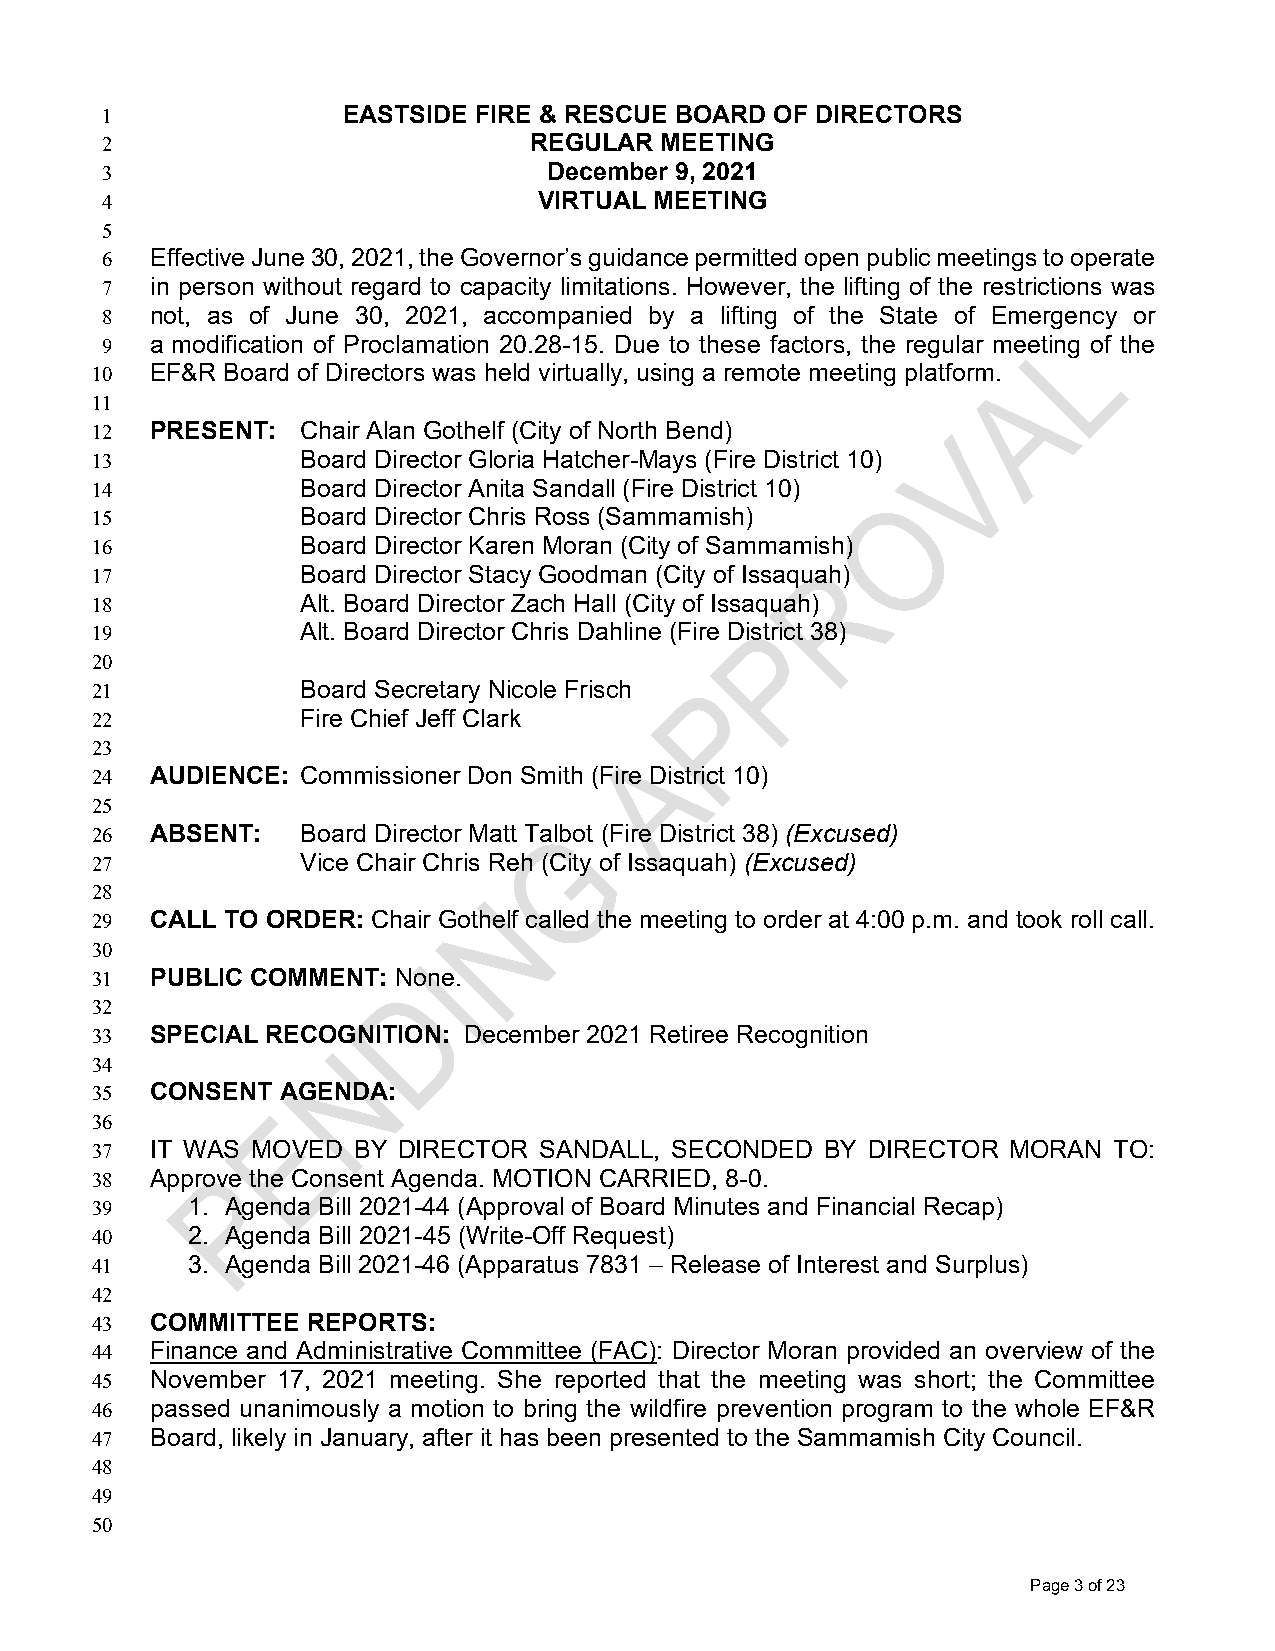
1               EASTSIDE FIRE & RESCUE BOARD OF DIRECTORS
 2                           REGULAR  MEETING
 3                            December 9, 2021
 4                            VIRTUAL MEETING
 5
 6  Effective June 30, 2021, the Governor’s guidance permitted open public meetings to operate
 7  in person without regard to capacity limitations. However, the lifting of the restrictions was
 8  not, as of June 30, 2021, accompanied by a lifting of the State of Emergency or
 9  a modification of Proclamation 20.28-15. Due to these factors, the regular meeting of the
 10  EF&R Board of Directors was held virtually, using a remote meeting platform.
 11
 12  PRESENT:  Chair Alan Gothelf (City of North Bend)
 13            Board Director Gloria Hatcher-Mays (Fire District 10)
 14            Board Director Anita Sandall (Fire District 10)
 15            Board Director Chris Ross (Sammamish)
 16            Board Director Karen Moran (City of Sammamish)
 17            Board Director Stacy Goodman (City of Issaquah)
 18            Alt. Board Director Zach Hall (City of Issaquah)
 19            Alt. Board Director Chris Dahline (Fire District 38)
 20
 21            Board Secretary Nicole Frisch
 22            Fire Chief Jeff Clark
 23
 24  AUDIENCE: Commissioner Don Smith (Fire District 10)
 25
 26  ABSENT:   Board Director Matt Talbot (Fire District 38) (Excused)
 27            Vice Chair Chris Reh (City of Issaquah) (Excused)
 28
 29  CALL TO ORDER: Chair Gothelf called the meeting to order at 4:00 p.m. and took roll call.
 30
 31  PUBLIC COMMENT: None.
 32
 33  SPECIAL RECOGNITION: December 2021 Retiree Recognition
 34
 35  CONSENT  AGENDA:
 36
 37  IT WAS MOVED BY DIRECTOR  SANDALL, SECONDED  BY DIRECTOR MORAN  TO:
 38  Approve the Consent Agenda. MOTION CARRIED, 8-0.
 39    1. Agenda Bill 2021-44 (Approval of Board Minutes and Financial Recap)
 40    2. Agenda Bill 2021-45 (Write-Off Request)
 41    3. Agenda Bill 2021-46 (Apparatus 7831 – Release of Interest and Surplus)
 42
 43  COMMITTEE REPORTS:
 44  Finance and Administrative Committee (FAC): Director Moran provided an overview of the
 45  November 17, 2021 meeting. She reported that the meeting was short; the Committee
 46  passed unanimously a motion to bring the wildfire prevention program to the whole EF&R
 47  Board, likely in January, after it has been presented to the Sammamish City Council.
 48
 49
 50
 Page 3 of 23